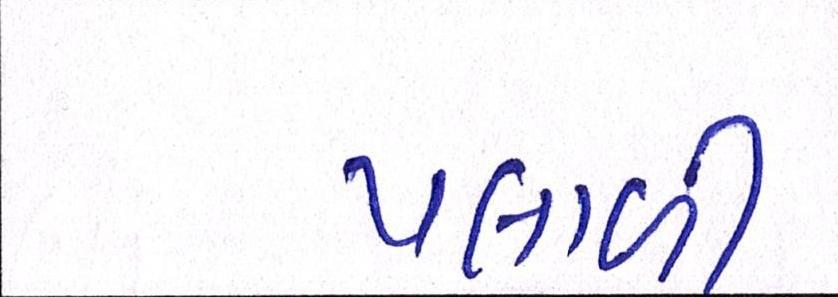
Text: પલાળી